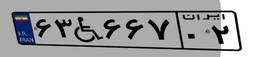
۸۳W۲۹۴۹۹